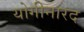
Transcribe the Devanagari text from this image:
योगीनारद